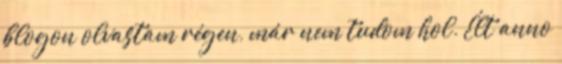
blogon olvastam régen, már nem tudom hol. Élt anno